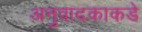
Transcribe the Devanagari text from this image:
अनुवादकाकडे